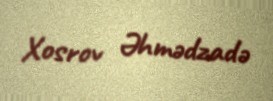
Xosrov Əhmədzadə